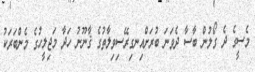
މެސީގެ ދެ ގޯލުން ބާސާ ދެވަނަ ބުރަށްއިނގިރޭސިވިލާތުގެ ޤާނޫނު ހަދާ މަޖިލީހުގެ މެންބަރަކު